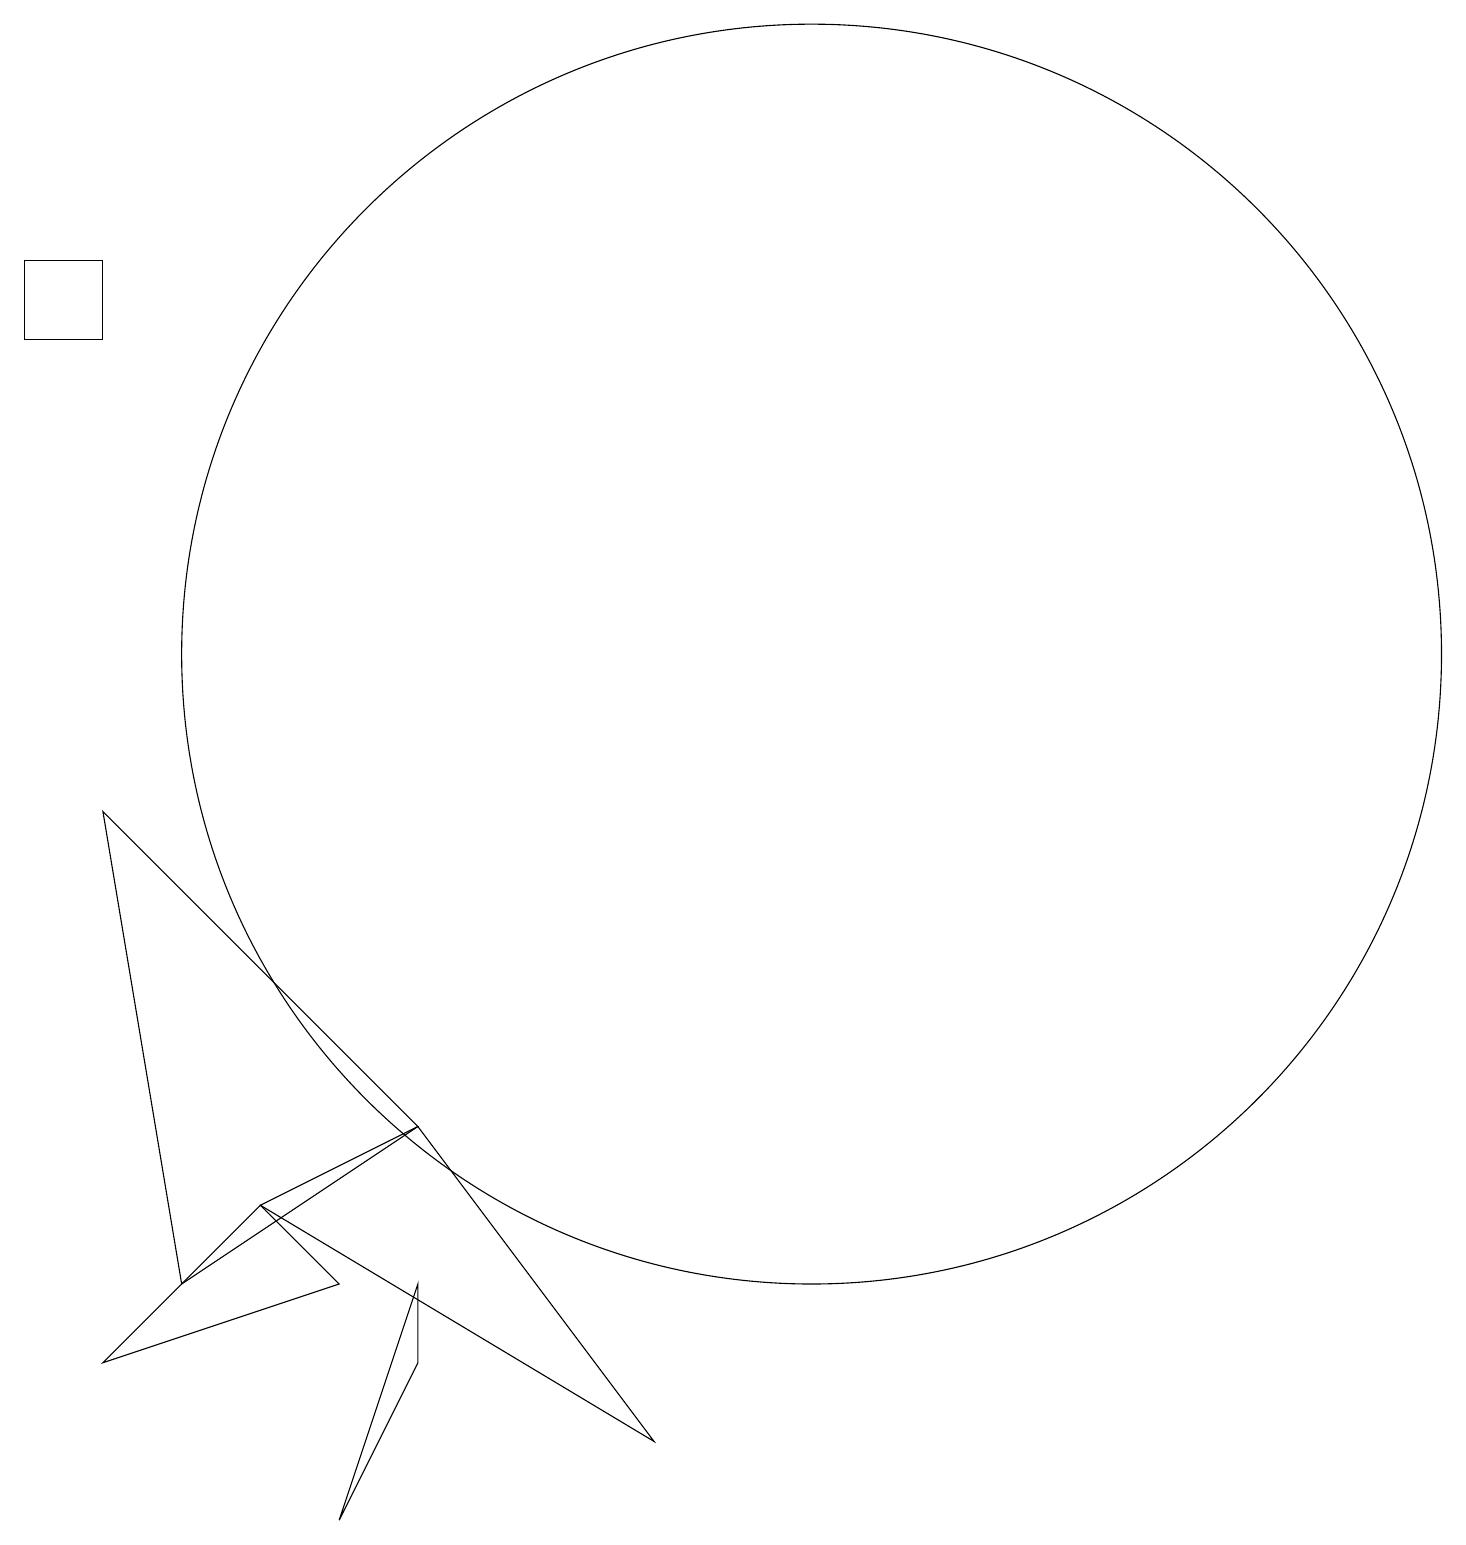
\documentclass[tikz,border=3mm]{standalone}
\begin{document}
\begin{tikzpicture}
\draw (11,11) circle (0);
\draw (5,0) -- (6,3) -- (6,2) -- cycle;
\draw (1,15) rectangle (2,16);
\draw (3,3) -- (2,9) -- (6,5) -- cycle;
\draw (11,11) circle (8);
\draw (4,4) -- (9,1) -- (6,5) -- cycle;
\draw (2,2) -- (4,4) -- (5,3) -- cycle;
\draw (10,10) circle (0);
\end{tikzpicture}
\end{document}